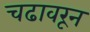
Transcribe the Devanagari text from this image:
चढावरून